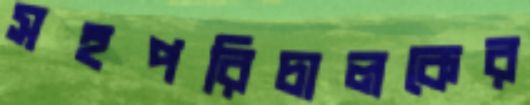
সহপরিচালকের